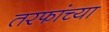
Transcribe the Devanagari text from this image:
तरफांच्या